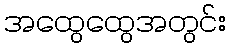
အထွေထွေအတွင်း